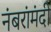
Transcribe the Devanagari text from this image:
नंबरांमंदी